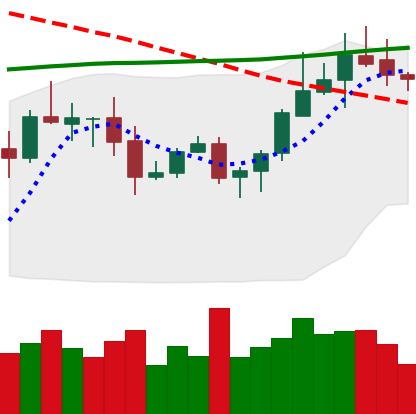
Ticker: ADA-USD
Chart end date: 2020-10-15
Forward return: -3.883%
Label: down_3_5